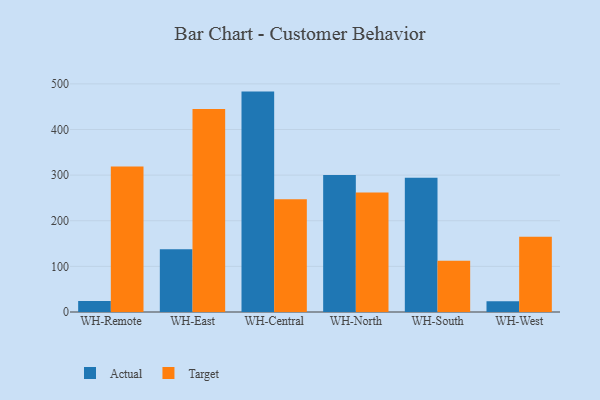
{"axis": {"x": "Warehouse", "y": "Energy Usage (MWh)"}, "legend": ["Actual", "Target"], "data": [{"x": "WH-Remote", "y": 23.9, "type": "Actual"}, {"x": "WH-Remote", "y": 318.8, "type": "Target"}, {"x": "WH-East", "y": 137.3, "type": "Actual"}, {"x": "WH-East", "y": 445.1, "type": "Target"}, {"x": "WH-Central", "y": 483.1, "type": "Actual"}, {"x": "WH-Central", "y": 247.1, "type": "Target"}, {"x": "WH-North", "y": 300.3, "type": "Actual"}, {"x": "WH-North", "y": 262.1, "type": "Target"}, {"x": "WH-South", "y": 294.3, "type": "Actual"}, {"x": "WH-South", "y": 112.5, "type": "Target"}, {"x": "WH-West", "y": 23.8, "type": "Actual"}, {"x": "WH-West", "y": 164.8, "type": "Target"}]}